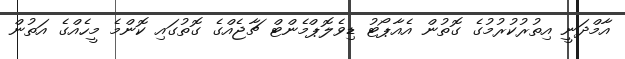
އާމްދަނީ އިތުރުކުރުމުގެ ގޮތުން އެއާޕޯޓު ޑިވެލޮޕްމެންޓް ޗާޖެއްގެ ގޮތުގައި ކޮންމެ މީހެއްގެ އަތުން